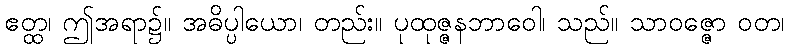
ဧတ္ထ၊ ဤအရာ၌။ အဓိပ္ပါယော၊ တည်း။ ပုထုဇ္ဇနဘာဝေါ၊ သည်။ သာဝဇ္ဇော ဝတ၊